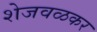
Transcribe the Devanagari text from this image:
शेजवळकर